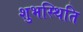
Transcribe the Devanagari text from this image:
शुभस्थिति